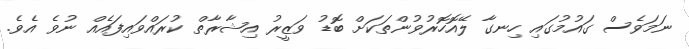
ނަމަވެސް ގައުމުގައި ހިނގާ ލޭއޮހޮރުވުންތަކަށް ބޮޑު ވަޒީރު އިޝާރާތް ކުރައްވައިފައެއް ނުވެ އެވެ.